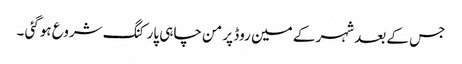
جس کے بعد شہر کے مین روڈ پر من چاہی پارکنگ شروع ہوگئی ۔